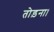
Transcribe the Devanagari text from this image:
तोड़ना।